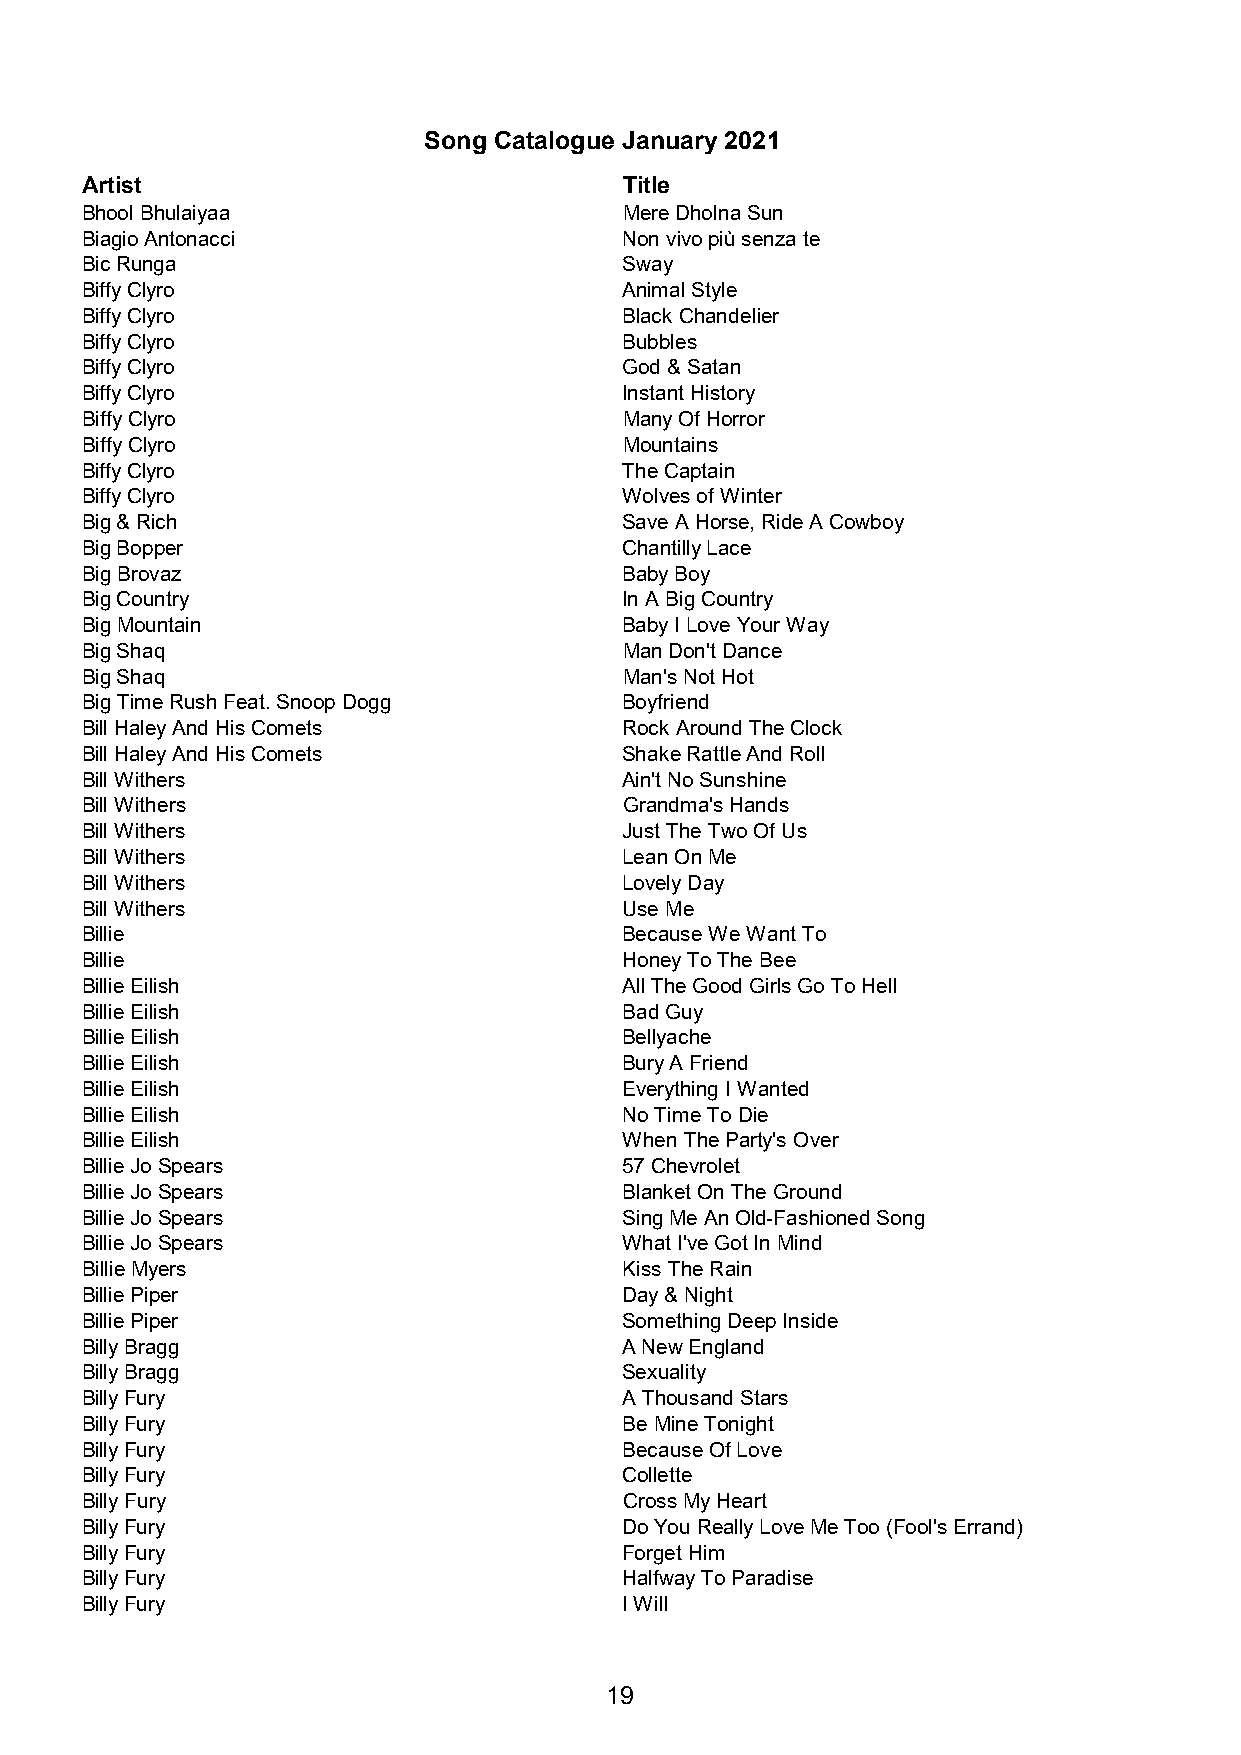
Song Catalogue January 2021
 Artist                              Title
 Bhool Bhulaiyaa                     Mere Dholna Sun
 Biagio Antonacci                    Non vivo più senza te
 Bic Runga                           Sway
 Biffy Clyro                         Animal Style
 Biffy Clyro                         Black Chandelier
 Biffy Clyro                         Bubbles
 Biffy Clyro                         God & Satan
 Biffy Clyro                         Instant History
 Biffy Clyro                         Many Of Horror
 Biffy Clyro                         Mountains
 Biffy Clyro                         The Captain
 Biffy Clyro                         Wolves of Winter
 Big & Rich                          Save A Horse, Ride A Cowboy
 Big Bopper                          Chantilly Lace
 Big Brovaz                          Baby Boy
 Big Country                         In A Big Country
 Big Mountain                        Baby I Love Your Way
 Big Shaq                            Man Don't Dance
 Big Shaq                            Man's Not Hot
 Big Time Rush Feat. Snoop Dogg      Boyfriend
 Bill Haley And His Comets           Rock Around The Clock
 Bill Haley And His Comets           Shake Rattle And Roll
 Bill Withers                        Ain't No Sunshine
 Bill Withers                        Grandma's Hands
 Bill Withers                        Just The Two Of Us
 Bill Withers                        Lean On Me
 Bill Withers                        Lovely Day
 Bill Withers                        Use Me
 Billie                              Because We Want To
 Billie                              Honey To The Bee
 Billie Eilish                       All The Good Girls Go To Hell
 Billie Eilish                       Bad Guy
 Billie Eilish                       Bellyache
 Billie Eilish                       Bury A Friend
 Billie Eilish                       Everything I Wanted
 Billie Eilish                       No Time To Die
 Billie Eilish                       When The Party's Over
 Billie Jo Spears                    57 Chevrolet
 Billie Jo Spears                    Blanket On The Ground
 Billie Jo Spears                    Sing Me An Old-Fashioned Song
 Billie Jo Spears                    What I've Got In Mind
 Billie Myers                        Kiss The Rain
 Billie Piper                        Day & Night
 Billie Piper                        Something Deep Inside
 Billy Bragg                         A New England
 Billy Bragg                         Sexuality
 Billy Fury                          A Thousand Stars
 Billy Fury                          Be Mine Tonight
 Billy Fury                          Because Of Love
 Billy Fury                          Collette
 Billy Fury                          Cross My Heart
 Billy Fury                          Do You Really Love Me Too (Fool's Errand)
 Billy Fury                          Forget Him
 Billy Fury                          Halfway To Paradise
 Billy Fury                          I Will
 19